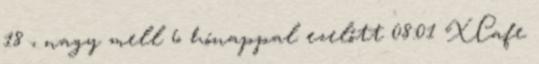
18 , nagy mell 6 hónappal ezelőtt 08:01 XCafe